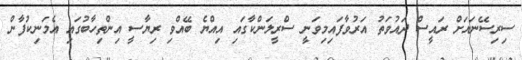
ސިރިސޭނައަށް ރައީސް ދައުވަތު އަރުވާފައިމިވަނީ ސްރީލަންކާގައި އިއްޔެ ބޭއްވި ރިޔާސީ އިންތިހާބުގައި އެމަނިކުފާން